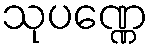
သုပဏ္ဏေ